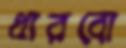
ধারবো